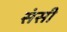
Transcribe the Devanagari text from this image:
संसी